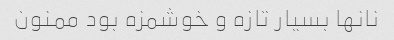
نانها بسیار تازه و خوشمزه بود ممنون